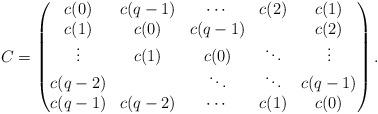
LaTeX: \begin{align*}C=\begin{pmatrix}c(0) & c(q-1) & \cdots & c(2) & c(1) \\c(1) & c(0) & c(q-1) & & c(2) \\\vdots & c(1)& c(0) & \ddots & \vdots \\c(q-2) & & \ddots & \ddots & c(q-1) \\c(q-1) & c(q-2) & \cdots & c(1) & c(0) \\\end{pmatrix}. \end{align*}